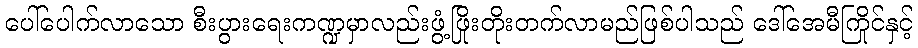
ပေါ်ပေါက်လာသော စီးပွားရေးကဏ္ဍမှာလည်းဖွံ့ဖြိုးတိုးတက်လာမည်ဖြစ်ပါသည် ဒေါ်အေမီကြိုင်နှင့်